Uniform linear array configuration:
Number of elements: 12
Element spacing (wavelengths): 1
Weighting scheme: hann
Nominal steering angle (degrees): -15
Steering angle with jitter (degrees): -16.343
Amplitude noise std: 0.05
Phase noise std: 0.05

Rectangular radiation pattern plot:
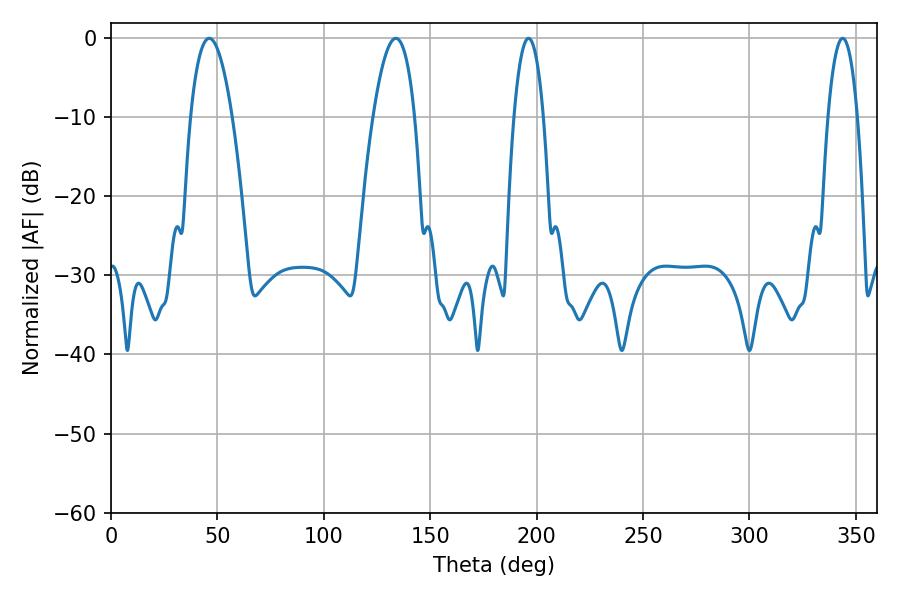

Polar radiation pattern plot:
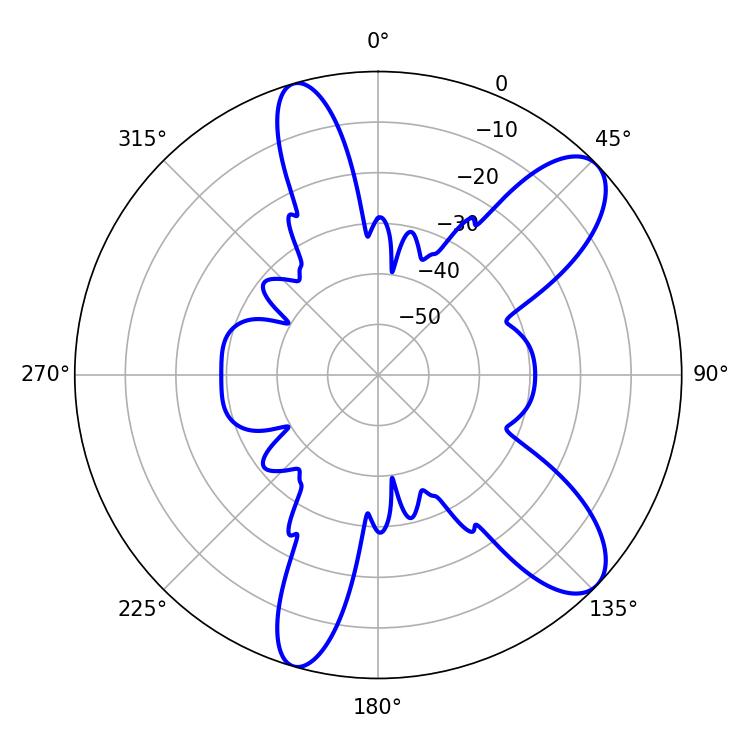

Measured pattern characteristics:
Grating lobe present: TRUE
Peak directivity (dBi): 9.722
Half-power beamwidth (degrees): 7.56
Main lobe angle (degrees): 196.2